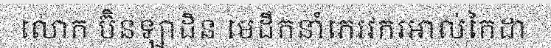
លោក ប៊ិនឡាដិន មេដឹកនាំភេរវករអាល់កៃដា